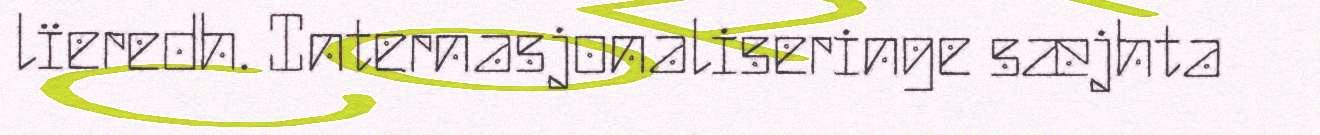
lïeredh. Internasjonaliseringe sæjhta